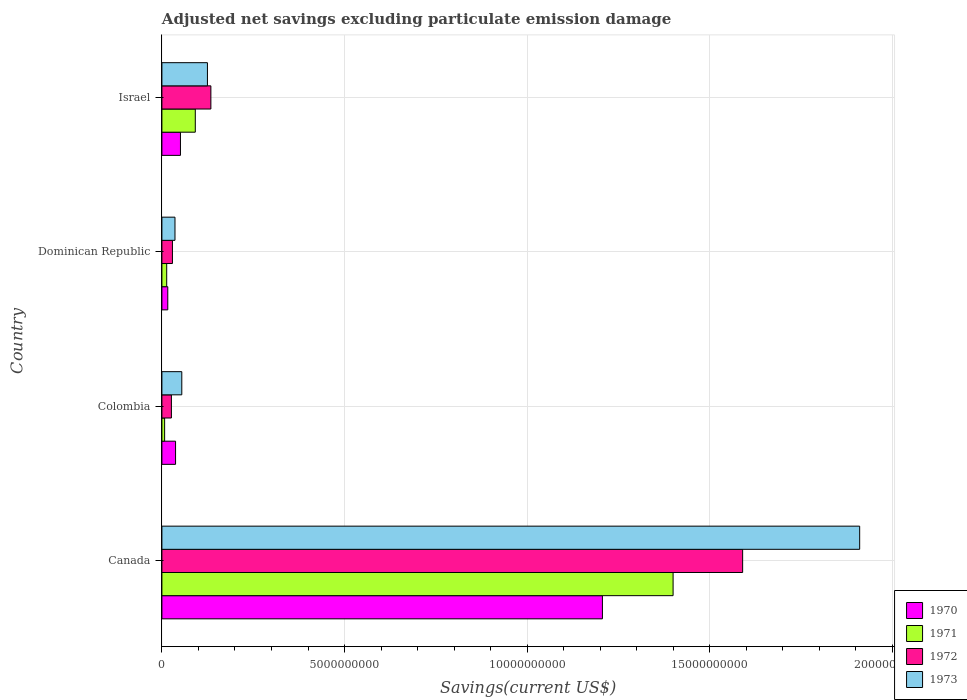
| Country | 1970 | 1971 | 1972 | 1973 |
 | --- | --- | --- | --- | --- |
 | Canada | 1.21e+10 | 1.4e+10 | 1.59e+10 | 1.91e+10 |
 | Colombia | 3.74e+08 | 7.46e+07 | 2.6e+08 | 5.45e+08 |
 | Dominican Republic | 1.61e+08 | 1.32e+08 | 2.89e+08 | 3.58e+08 |
 | Israel | 5.08e+08 | 9.14e+08 | 1.34e+09 | 1.25e+09 |